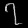
Digit: ၇